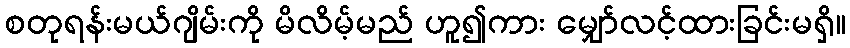
စတုရန်းမယ်ဂျိမ်းကို မိလိမ့်မည် ဟူ၍ကား မျှော်လင့်ထားခြင်းမရှိ။